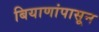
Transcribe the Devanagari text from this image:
बियाणांपासून